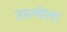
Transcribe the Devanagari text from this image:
उरुग्वेला